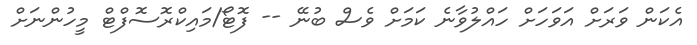
އެކަން ވަރަށް އަވަހަށް ހައްލުވާނެ ކަމަށް ވެސް ބުނޭ -- ފޮޓޯ/މައިކްރޮސޮފްޓް މީހުންނަށް